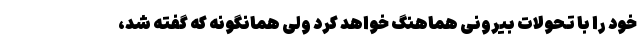
خود را با تحولات بیرونی هماهنگ خواهد کرد ولی همانگونه که گفته شد،